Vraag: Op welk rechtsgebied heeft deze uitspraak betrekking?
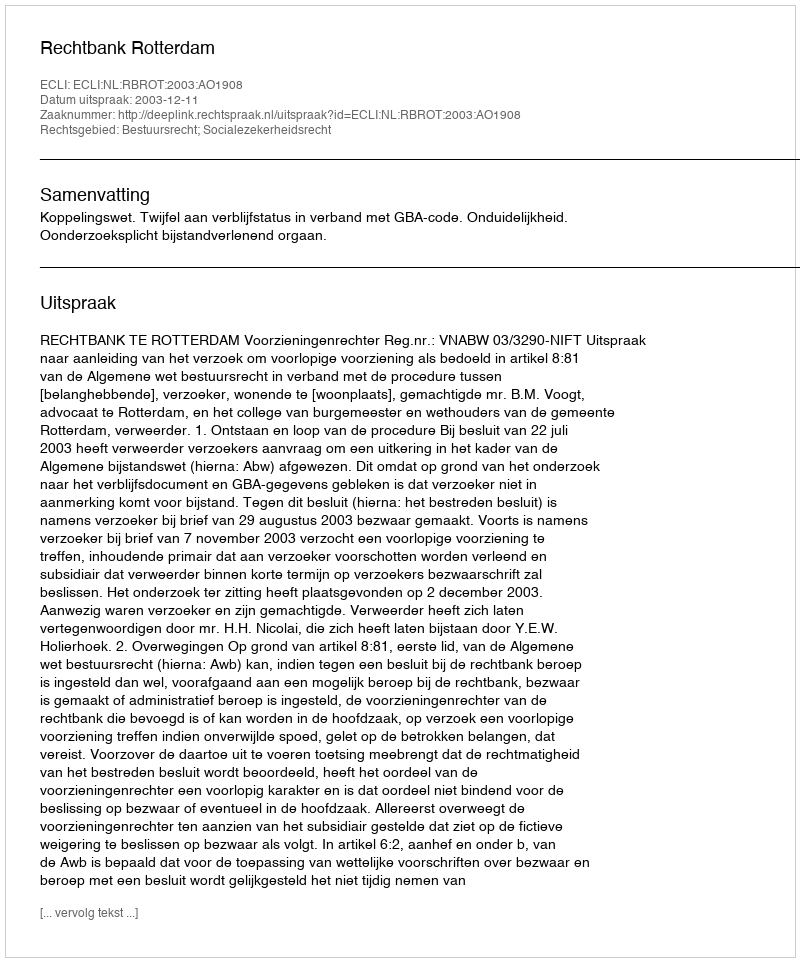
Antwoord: Bestuursrecht; Socialezekerheidsrecht